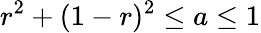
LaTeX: r^{2}+(1-r)^{2}\leq a\leq 1